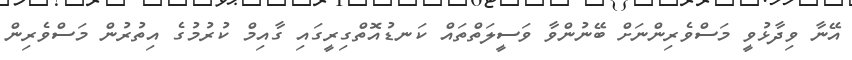
އޭނާ ވިދާޅުވީ މަސްވެރިންނަށް ބޭނުންވާ ވަސީލަތްތައް ކަނޑުއޮތްގިރީގައި ގާއިމް ކުރުމުގެ އިތުރުން މަސްވެރިން